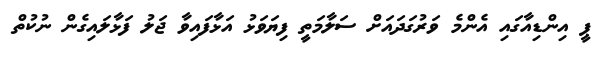
ޕީ އިންޑިއާގައި އެންމެ ވަރުގަދައަށް ސަލާމަތީ ފިޔަވަޅު އަޅާފައިވާ ޖަލު ފަޅާލައިގެން ނުކުތް